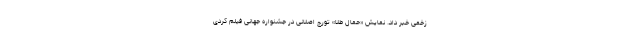
زخمی خبر داد. نمایش «حمال طلا» تورج اصلانى در جشنواره جهانی فیلم کُردی